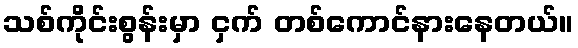
သစ်ကိုင်းစွန်းမှာ ငှက် တစ်ကောင်နားနေတယ်။